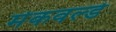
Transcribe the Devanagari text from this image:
मेकवर्ल्ड